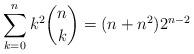
LaTeX: \begin{align*} \sum_{k=0}^n k^2\binom{n}{k}=(n+n^2)2^{n-2} \end{align*}